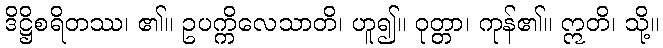
ဒိဋ္ဌိစရိတဿ၊ ၏။ ဥပက္ကိလေသာတိ၊ ဟူ၍။ ဝုတ္တာ၊ ကုန်၏။ ဣတိ၊ သို့။